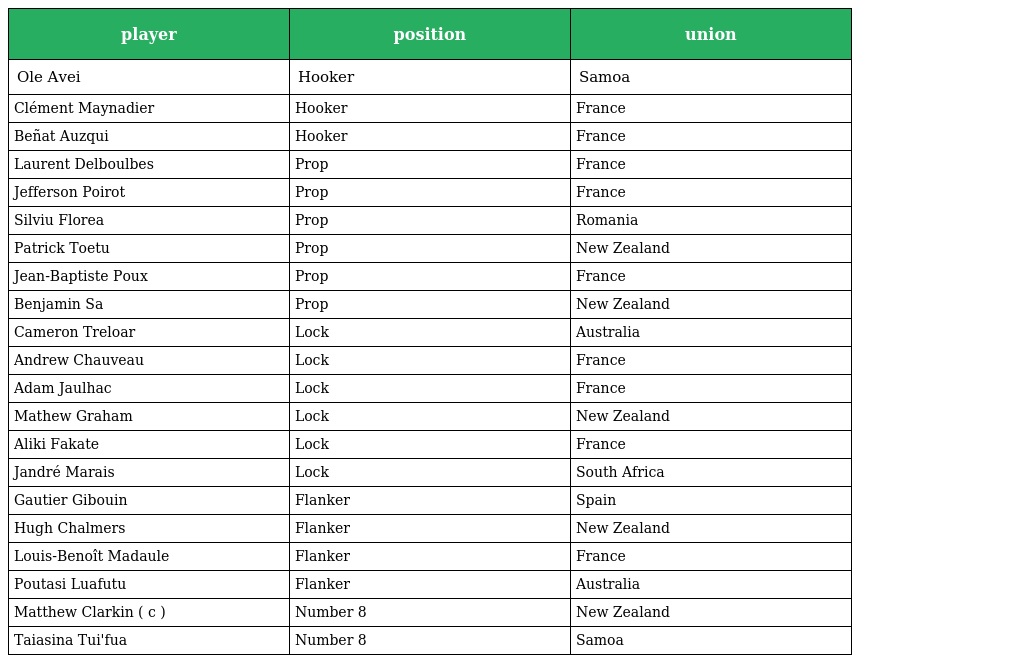
| player | position | union |
 | --- | --- | --- |
 | Ole Avei | Hooker | Samoa |
 | Clément Maynadier | Hooker | France |
 | Beñat Auzqui | Hooker | France |
 | Laurent Delboulbes | Prop | France |
 | Jefferson Poirot | Prop | France |
 | Silviu Florea | Prop | Romania |
 | Patrick Toetu | Prop | New Zealand |
 | Jean-Baptiste Poux | Prop | France |
 | Benjamin Sa | Prop | New Zealand |
 | Cameron Treloar | Lock | Australia |
 | Andrew Chauveau | Lock | France |
 | Adam Jaulhac | Lock | France |
 | Mathew Graham | Lock | New Zealand |
 | Aliki Fakate | Lock | France |
 | Jandré Marais | Lock | South Africa |
 | Gautier Gibouin | Flanker | Spain |
 | Hugh Chalmers | Flanker | New Zealand |
 | Louis-Benoît Madaule | Flanker | France |
 | Poutasi Luafutu | Flanker | Australia |
 | Matthew Clarkin ( c ) | Number 8 | New Zealand |
 | Taiasina Tui'fua | Number 8 | Samoa |